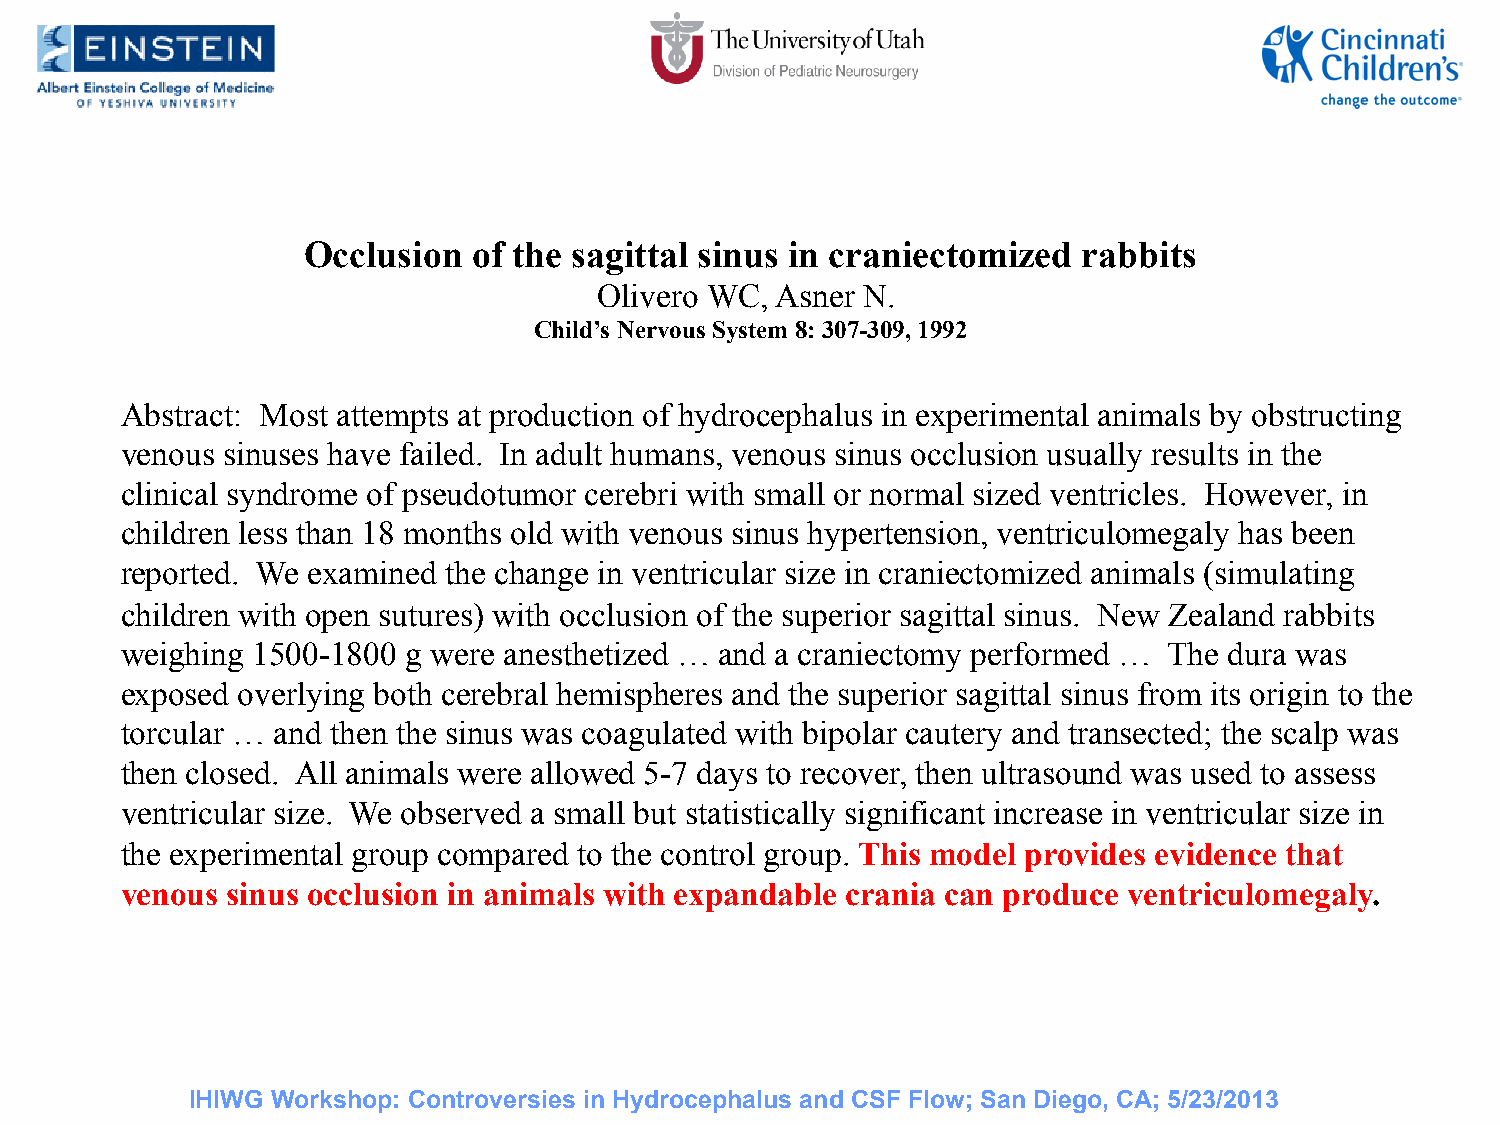
Occlusion  of the sagittal sinus in craniectomized  rabbits
 Olivero WC, Asner N.
 Child’s Nervous System 8: 307-309, 1992
 Abstract: Most attempts at production of hydrocephalus in experimental animals by obstructing
 venous sinuses have failed. In adult humans, venous sinus occlusion usually results in the
 clinical syndrome of pseudotumor cerebri with small or normal sized ventricles. However, in
 children less than 18 months old with venous sinus hypertension, ventriculomegaly has been
 reported. We examined the change in ventricular size in craniectomized animals (simulating
 children with open sutures) with occlusion of the superior sagittal sinus. New Zealand rabbits
 weighing 1500-1800 g were anesthetized … and a craniectomy performed … The dura was
 exposed overlying both cerebral hemispheres and the superior sagittal sinus from its origin to the
 torcular … and then the sinus was coagulated with bipolar cautery and transected; the scalp was
 then closed. All animals were allowed 5-7 days to recover, then ultrasound was used to assess
 ventricular size. We observed a small but statistically significant increase in ventricular size in
 the experimental group compared to the control group. This model provides evidence that
 venous sinus occlusion in animals with expandable crania can produce ventriculomegaly.
 IHIWG Workshop: Controversies in Hydrocephalus and CSF Flow; San Diego, CA; 5/23/2013